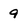
Character: 9